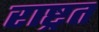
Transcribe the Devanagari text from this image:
राष्ट्रत